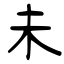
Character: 未